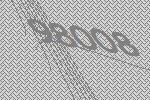
98008